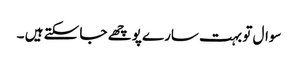
سوال تو بہت سارے پوچھے جا سکتے ہیں ۔